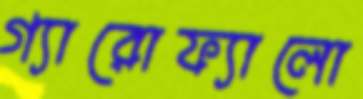
গ্যারোফ্যালো